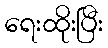
ရေးထိုးပြီး